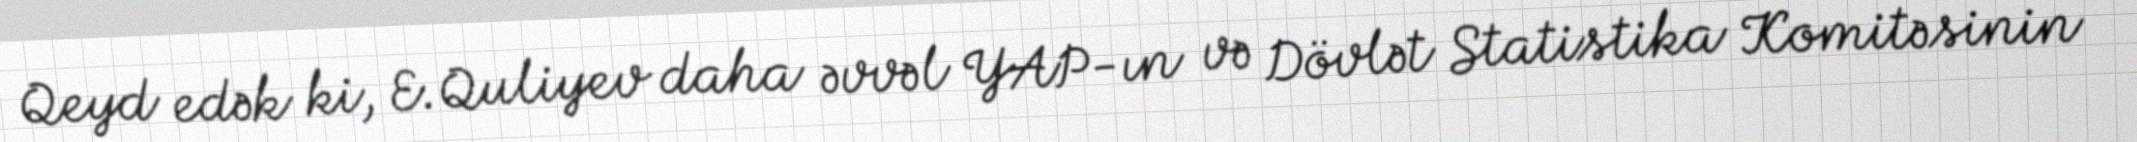
Qeyd edək ki, E.Quliyev daha əvvəl YAP-ın və Dövlət Statistika Komitəsinin